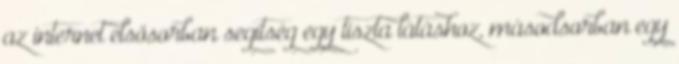
az internet elsősorban segítség egy tiszta látáshoz, másodsorban egy